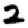
Digit: 2